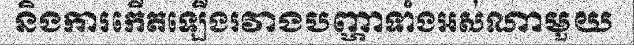
និងការកើតឡើងរវាងបញ្ហាទាំងអស់ណាមួយ